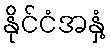
နိုင်ငံအနှံ့